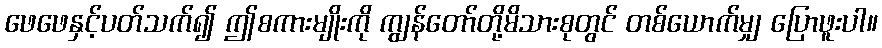
ဖေဖေနှင့်ပတ်သက်၍ ဤစကားမျိုးကို ကျွန်တော်တို့မိသားစုတွင် တစ်ယောက်မျှ ပြောဖူးပါ။